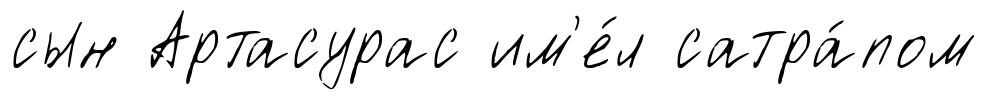
сын Артасурас им'е́л сатра́пом